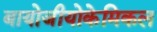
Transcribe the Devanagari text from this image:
बायोजीयोकेमिकल